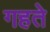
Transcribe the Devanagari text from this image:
गहते